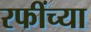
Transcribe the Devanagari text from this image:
रफींच्या